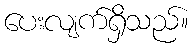
ပေးလျက်ရှိသည်။